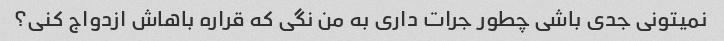
نمیتونی جدی باشی چطور جرات داری به من نگی که قراره باهاش ​​ازدواج کنی؟